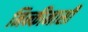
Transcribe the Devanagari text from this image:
निन्कीनासी